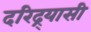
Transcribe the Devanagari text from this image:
दरिद्र्यासी